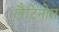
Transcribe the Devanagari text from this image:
लैटिनोस